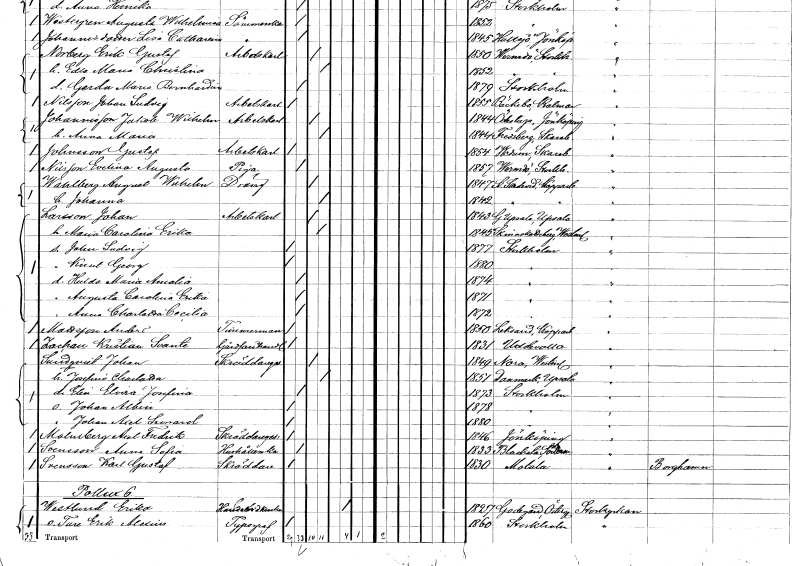
gt_parse: households: individuals: FN: Gustaf
EN: Johnsson
YRKE: Arbetskarl
KON: M
CIV: O
FODAR: 1854
FODFORS: Vedum Skaraborgs län
FN: Evelina Augusta
EN: Nilsson
YRKE: Piga
KON: K
CIV: O
FODAR: 1857
FODFORS: Värmdö Stockholms län
FN: August Wilhelm
EN: Wahlberg
YRKE: Dräng
KON: M
CIV: G
FODAR: 1847
FODFORS: Stora Skedvi Kopparbergs län
FN: Johanna
KON: K
CIV: G
FODAR: 1842
FODFORS: Stora Skedvi Kopparbergs län
FN: Johan
EN: Larsson
YRKE: Arbetskarl
KON: M
CIV: G
FODAR: 1843
FODFORS: Gamla Uppsala Uppsala län
FN: Maria Carolina Erika
KON: K
CIV: G
FODAR: 1845
FODFORS: Skinnskatteberg Västmanlands län
FN: John Ludvig
KON: M
CIV: O
FODAR: 1877
FODFORS: Stockholm
FN: Knut Georg
KON: M
CIV: O
FODAR: 1880
FODFORS: Stockholm
FN: Hulda Maria Amalia
KON: K
CIV: O
FODAR: 1874
FODFORS: Stockholm
FN: Augusta Carolina Erika
KON: K
CIV: O
FODAR: 1871
FODFORS: Stockholm
FN: Anna Charlotta Cecilia
KON: K
CIV: O
FODAR: 1872
FODFORS: Stockholm
FN: Anders
EN: Mattsson
YRKE: Timmerman
KON: M
CIV: O
FODAR: 1850
FODFORS: Leksand Kopparbergs län
FN: Kristian Svante
EN: Zachan
YRKE: Gårdfarihandlare
KON: M
CIV: O
FODAR: 1831
FODFORS: Uddevalla Göteborgs- och Bohuslän
FN: Johan
EN: Sundqvist
YRKE: Skräddaregesäll
KON: M
CIV: G
FODAR: 1849
FODFORS: Nora Västmanlands län
FN: Josefina Charlotta
KON: K
CIV: G
FODAR: 1851
FODFORS: Danmark Uppsala län
FN: Elin Elvira Josefina
KON: K
CIV: O
FODAR: 1873
FODFORS: Stockholm
FN: Johan Albin
KON: M
CIV: O
FODAR: 1878
FODFORS: Stockholm
FN: Johan Axel Leonard
KON: M
CIV: O
FODAR: 1880
FODFORS: Stockholm
FN: Axel Fredrik
EN: Malmberg
YRKE: Skräddaregesäll
KON: M
CIV: O
FODAR: 1846
FODFORS: Jönköping Jönköpings län
FN: Anna Sofia
EN: Svensson
YRKE: Hushållerska
KON: K
CIV: O
FODAR: 1833
FODFORS: Blacksta Södermanlands län
FN: Karl Gustaf
EN: Svensson
YRKE: Skräddare
KON: M
CIV: O
FODAR: 1830
FODFORS: Motala Östergötlands län
FN: Erika
EN: Westlund
YRKE: Handelsidkerska
KON: K
CIV: E
FODAR: 1827
FODFORS: Godegård Östergötlands län
FN: Ture Erik Alexius
YRKE: Typograf
KON: M
CIV: O
FODAR: 1860
FODFORS: Stockholm